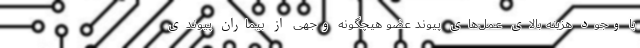
با وجود هزینه بالای عمل‌های پیوند عضو هیچگونه وجهی از بیماران پیوندی